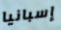
إسبانيا